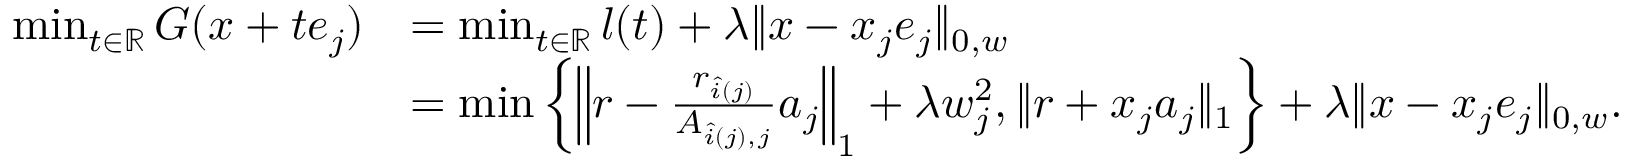
\begin{array} { r l } { \operatorname* { m i n } _ { t \in \mathbb { R } } G ( x + t e _ { j } ) } & { = \operatorname* { m i n } _ { t \in \mathbb { R } } l ( t ) + \lambda \| x - x _ { j } e _ { j } \| _ { 0 , w } } \\ & { = \operatorname* { m i n } \left\{ \left\| r - \frac { r _ { \hat { i } ( j ) } } { A _ { \hat { i } ( j ) , j } } a _ { j } \right\| _ { 1 } + \lambda w _ { j } ^ { 2 } , \| r + x _ { j } a _ { j } \| _ { 1 } \right\} + \lambda \| x - x _ { j } e _ { j } \| _ { 0 , w } . } \end{array}